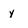
Character: y